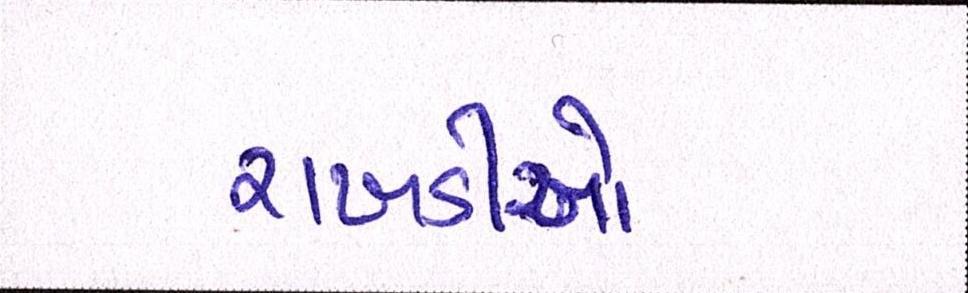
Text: રાખડીઓ